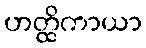
ဟတ္ထိကာယာ